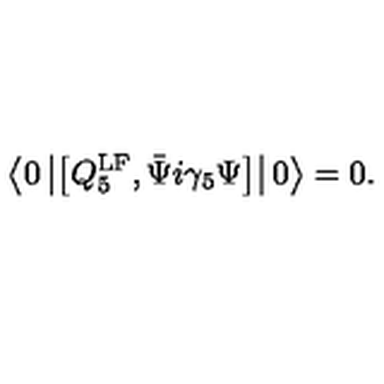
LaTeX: \left\langle 0 \left\vert \left[ Q _ { 5 } ^ { \mathrm { L F } } , \bar { \Psi } i \gamma _ { 5 } \Psi \right] \right\vert 0 \right\rangle = 0 .